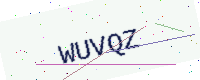
Text: WUVQZ